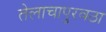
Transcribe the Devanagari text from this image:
तेलाचापुरवठा